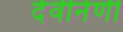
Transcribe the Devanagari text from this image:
देवीनेणी